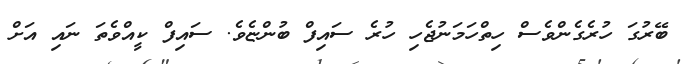
ބޭރުގަ ހުރެގެންވެސް ހިތްހަމަނުޖެހި ހުރެ ސައިފް ބުންޏެވެ. ސައިފް ކީއްވެތަ ނަައި އަށް